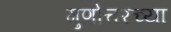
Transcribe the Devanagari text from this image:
गुणोत्तरच्या